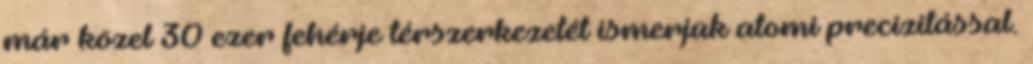
már közel 30 ezer fehérje térszerkezetét ismerjük atomi precizitással.